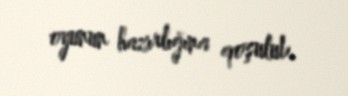
oyunun hazırlığına qoşulub.